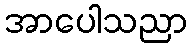
အာပေါသညာ